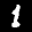
Label: 1